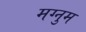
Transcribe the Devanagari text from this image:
मग्नुम